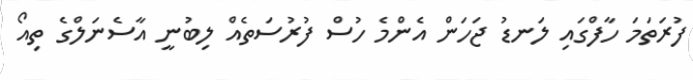
ފުރަތަމަ ހާފްގައި ލަނޑު ޖަހަން އެންމެ ހުސް ފުރުސަތެއް ލިބުނީ އާސެނަލްގެ ތިއޯ